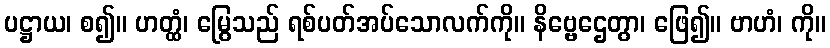
ပဋ္ဌာယ၊ စ၍။ ဟတ္ထံ၊ မြွေသည် ရစ်ပတ်အပ်သောလက်ကို။ နိဗ္ဗေဌေတွာ၊ ဖြေ၍။ ဗာဟံ၊ ကို။